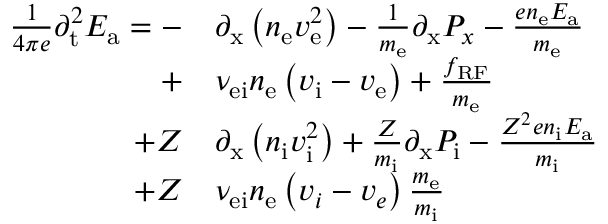
\begin{array} { r l } { \frac { 1 } { 4 \pi e } { \partial _ { \mathrm { t } } ^ { 2 } } E _ { \mathrm { a } } = - } & { { \partial _ { \mathrm { x } } \left( n _ { \mathrm { e } } v _ { \mathrm { e } } ^ { 2 } \right) } - \frac { 1 } { m _ { \mathrm { e } } } { \partial _ { \mathrm { x } } P _ { x } } - \frac { e n _ { \mathrm { e } } E _ { \mathrm { a } } } { m _ { \mathrm { e } } } } \\ { + } & { \nu _ { \mathrm { e i } } n _ { \mathrm { e } } \left( v _ { \mathrm { i } } - v _ { \mathrm { e } } \right) + \frac { f _ { \mathrm { R F } } } { m _ { \mathrm { e } } } } \\ { + Z } & { { \partial _ { \mathrm { x } } \left( n _ { \mathrm { i } } v _ { \mathrm { i } } ^ { 2 } \right) } + \frac { Z } { m _ { \mathrm { i } } } { \partial _ { \mathrm { x } } P _ { \mathrm { i } } } - \frac { Z ^ { 2 } e n _ { \mathrm { i } } E _ { \mathrm { a } } } { m _ { \mathrm { i } } } } \\ { + Z } & { \nu _ { \mathrm { e i } } n _ { \mathrm { e } } \left( v _ { i } - v _ { e } \right) \frac { m _ { \mathrm { e } } } { m _ { \mathrm { i } } } } \end{array}